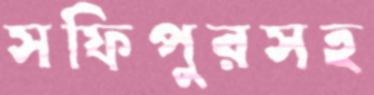
সফিপুরসহ